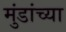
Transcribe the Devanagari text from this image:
मुंडांच्या